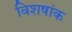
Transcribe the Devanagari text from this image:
विशषांक